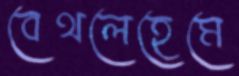
বেথলেহেমে